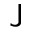
\mathsf { J }